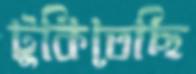
টুকিতেছি